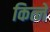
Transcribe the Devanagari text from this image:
कित्ने